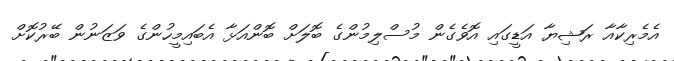
އެމެރިކާއާ ރަޝިޔާ އަޑީގައި އޮވެގެން މުސްލިމުންގެ ބޮލަށް ބޮންއަޅާ އެބައިމީހުންގެ ވަޒަނުން ބޭރުކޮށް